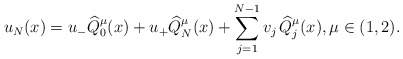
\begin{align*}u_N(x)=u_- \widehat Q_0^{\mu}(x)+u_+\widehat Q_N^{\mu}(x)+\sum_{j=1}^{N-1} v_j \,\widehat Q_j^\mu(x),\mu\in (1,2). \end{align*}